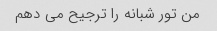
من تور شبانه را ترجیح می دهم